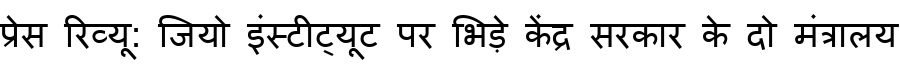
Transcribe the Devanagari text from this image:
प्रेस रिव्यू: जियो इंस्टीट्यूट पर भिड़े केंद्र सरकार के दो मंत्रालय